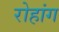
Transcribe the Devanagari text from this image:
रोहांग